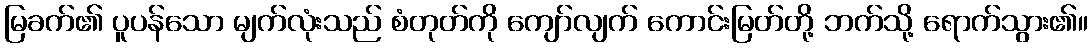
မြခက်၏ ပူပန်သော မျက်လုံးသည် စံတုတ်ကို ကျော်လျက် ကောင်းမြတ်တို့ ဘက်သို့ ရောက်သွား၏။